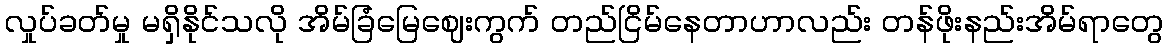
လှုပ်ခတ်မှု မရှိနိုင်သလို အိမ်ခြံမြေဈေးကွက် တည်ငြိမ်နေတာဟာလည်း တန်ဖိုးနည်းအိမ်ရာတွေ